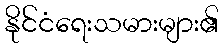
နိုင်ငံရေးသမားများ၏